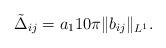
LaTeX: \begin{align*}\tilde{\Delta}_{ij} = a_1 10\pi \|b_{ij}\|_{L^1}.\end{align*}